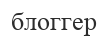
блоггер